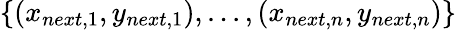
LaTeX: \{ (x_{next,1},y_{next,1}),...,(x_{next,n},y_{next,n})\}